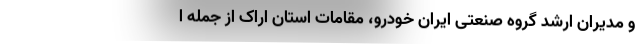
و مدیران ارشد گروه صنعتی ایران خودرو، مقامات استان اراک از جمله ا